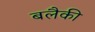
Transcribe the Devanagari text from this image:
बलैकी